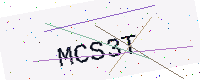
Text: MCS3T